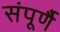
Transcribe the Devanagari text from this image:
संपूर्णै